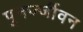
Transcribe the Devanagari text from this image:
पुनर्ज्जीवन